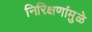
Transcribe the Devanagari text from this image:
निरिक्षणांमुळे